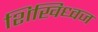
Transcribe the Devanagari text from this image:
शिखिध्वज